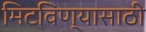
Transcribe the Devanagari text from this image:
मिटविण्यासाठी